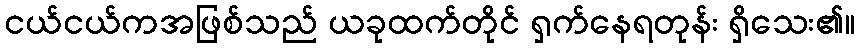
ငယ်ငယ်ကအဖြစ်သည် ယခုထက်တိုင် ရှက်နေရတုန်း ရှိသေး၏။